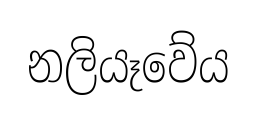
නලියෑවේය